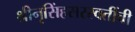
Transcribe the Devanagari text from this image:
श्रीनृसिंहसरस्वतींची